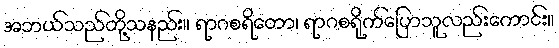
အဘယ်သည်တို့သနည်း။ ရာဂစရိတော၊ ရာဂစရိုက်ပြောသူလည်းကောင်း။